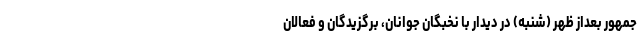
جمهور بعداز ظهر (شنبه) در دیدار با نخبگان جوانان، برگزیدگان و فعالان